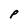
Character: P